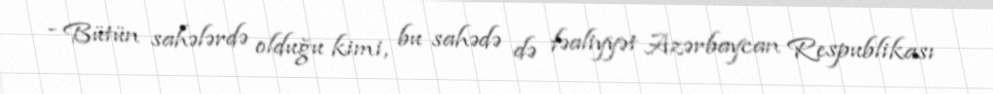
- Bütün sahələrdə olduğu kimi, bu sahədə də fəaliyyət Azərbaycan Respublikası